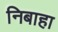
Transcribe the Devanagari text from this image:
निबाहा